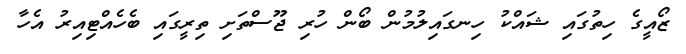
ޒޯއީގެ ހިތުގައި ޝައްކު ހިނގައިލުމުން ބޯން ހުރި ޖޫސްތަށި ތިރީގައި ބެހެއްޓިއިރު އެހާ